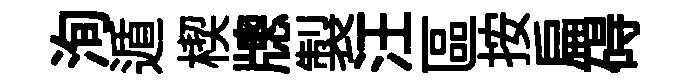
洵遁楔牕製汪區按扁碍